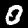
Label: 0